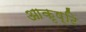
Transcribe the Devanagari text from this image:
आकृष्टि